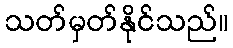
သတ်မှတ်နိုင်သည်။